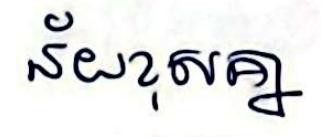
ន័យខុសគ្នា